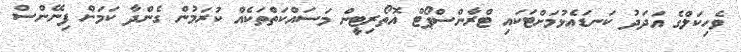
ވެހިކަލްގެ އަދަދު ކަނޑައެޅުމަށްޓަކައި ޓްރާންސްޕޯޓް އޮތޯރިޓީން މަސައްކަތްތަކެއް ކުރަމުން ގެންދާ ކަމަށް ފިނޭންސް